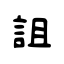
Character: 詛